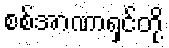
စစ်အာဏာရှင်တို့